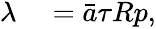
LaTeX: \begin{array}{rl}{\lambda}&{{}=\bar{a}\tau Rp,}\end{array}